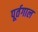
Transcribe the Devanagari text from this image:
पूर्तगाल